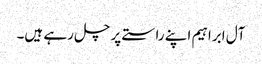
آل ابراہیم اپنے راستے پر چل رہے ہیں۔